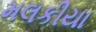
મલકીયા